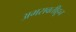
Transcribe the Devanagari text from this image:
अमरावतीहून